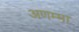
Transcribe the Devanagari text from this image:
अणम्मा